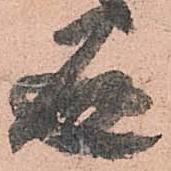
通